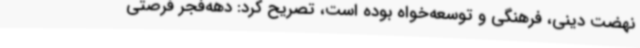
نهضت دینی، فرهنگی و توسعه‌خواه بوده است، تصریح کرد: دهه‌فجر فرصتی